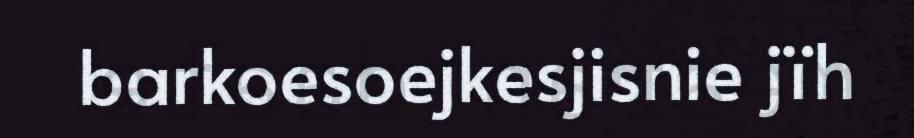
barkoesoejkesjisnie jïh